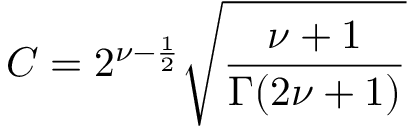
{ \cal C } = 2 ^ { \nu - \frac { 1 } { 2 } } \sqrt { \frac { \nu + 1 } { \Gamma ( 2 \nu + 1 ) } }